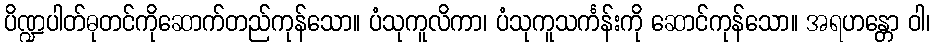
ပိဏ္ဍပါတ်ဓုတင်ကိုဆောက်တည်ကုန်သော။ ပံသုကူလိကာ၊ ပံသုကူသင်္ကန်းကို ဆောင်ကုန်သော။ အရဟန္တော ဝါ၊